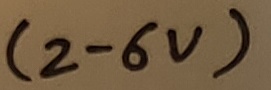
Text: (2-6V)